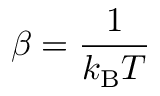
\beta = \frac { 1 } { k _ { \mathrm { B } } T }